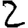
Digit: 2